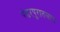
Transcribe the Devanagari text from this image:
पंढरपुरातलाच